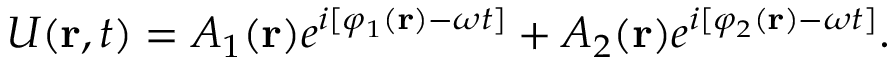
U ( \mathbf { r } , t ) = A _ { 1 } ( \mathbf { r } ) e ^ { i [ \varphi _ { 1 } ( \mathbf { r } ) - \omega t ] } + A _ { 2 } ( \mathbf { r } ) e ^ { i [ \varphi _ { 2 } ( \mathbf { r } ) - \omega t ] } .